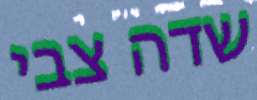
שדה צבי